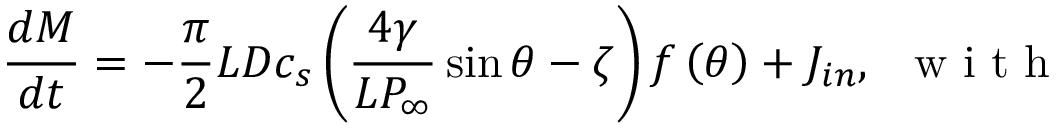
\frac { d M } { d t } = - \frac { \pi } { 2 } L D { { c } _ { s } } \left( \frac { 4 \gamma } { L { { P } _ { \infty } } } \sin \theta - \zeta \right) f \left( \theta \right) + { { J } _ { i n } } , \, \, \, \mathrm { ~ w ~ i ~ t ~ h ~ }